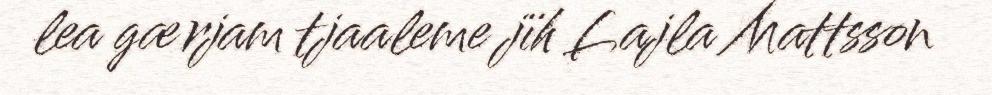
lea gærjam tjaaleme jïh Lajla Mattsson